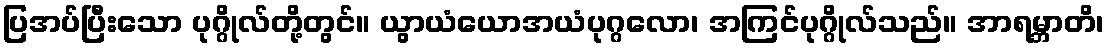
ပြအပ်ပြီးသော ပုဂ္ဂိုလ်တို့တွင်။ ယွာယံယောအယံပုဂ္ဂလော၊ အကြင်ပုဂ္ဂိုလ်သည်။ အာရမ္ဘာတိ၊